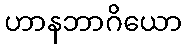
ဟာနဘာဂိယော